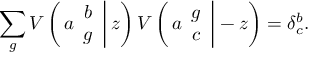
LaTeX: \sum _ { g } V \left( \left. a \begin{array} { c } { { b } } \\ { { g } } \end{array} \right| z \right) V \left( \left. a \begin{array} { c } { { g } } \\ { { c } } \end{array} \right| - z \right) = \delta _ { c } ^ { b } .